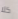
كلا